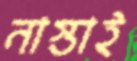
নাস্তাই